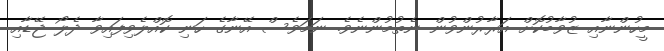
މީހުންނާއި ޒުވާބުކޮށް އަރާރުންވުން ނެތުމުންނެވެ. ނަމަވެސް އޭނާގެ ހަނި ކޮއްލެވިފައިވާ ދެލޯ ޖޭޑާއި